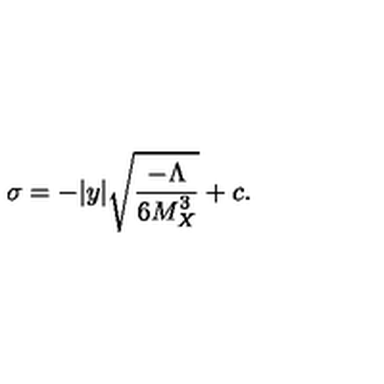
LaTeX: \sigma = - | y | \sqrt { { \frac { - { \Lambda } } { \displaystyle { 6 M _ { X } ^ { 3 } } } } } + c . \,